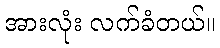
အားလုံး လက်ခံတယ်။